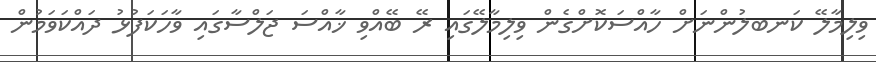
ވިލިމާލޭ ކަނބލުންނަށް ހާއްސަކޮށްގެން ވިލިމާލޭގައި ރޭ ބޭއްވި ޚާއްސަ ޖަލްސާގައި ވާހަކަފުޅު ދައްކަވަމުން